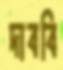
দাববি